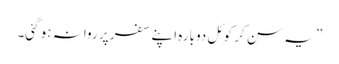
” یہ سن کر کوئل دوبارہ اپنے سفر پر روانہ ہو گئی۔